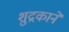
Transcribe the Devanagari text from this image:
शुद्रकाने